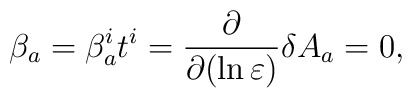
\beta_a = \beta_a^i t^i = \frac{\partial}{\partial (\ln \varepsilon)} \delta A_a =0,